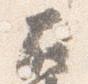
右